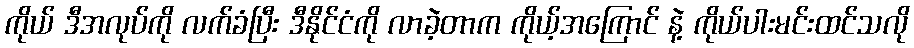
ကိုယ် ဒီအလုပ်ကို လက်ခံပြီး ဒီနိုင်ငံကို လာခဲ့တာက ကိုယ့်အကြောင် နဲ့ ကိုယ်ပါးမင်းထင်သလို